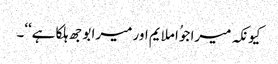
کیونکہ میرا جوُا ملایم اور میرا بوجھ ہلکا ہے‘‘۔